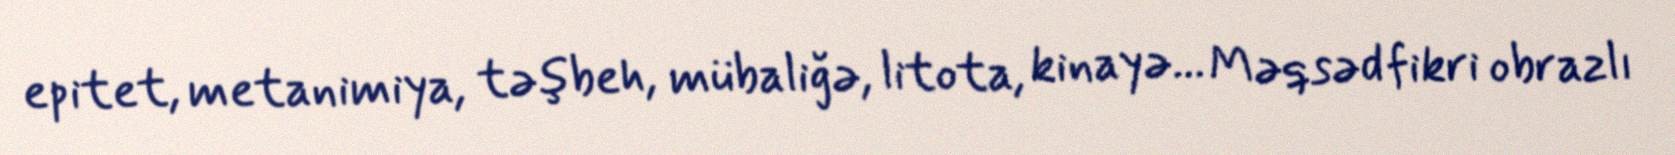
epitet, metanimiya, təşbeh, mübaliğə, litota, kinayə... Məqsəd fikri obrazlı